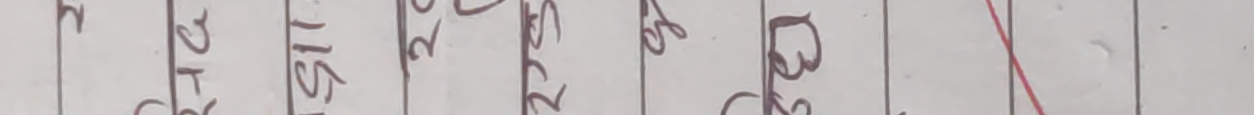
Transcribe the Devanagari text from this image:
ट १२ १६८ ३ २३ २६ २७ २८ ३० ५० रु